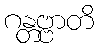
ဂန္တဗ္ဗာတိ